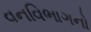
વનવિભાગનો